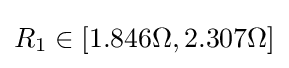
R_{1}\in [1.846\Omega ,2.307\Omega ]